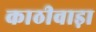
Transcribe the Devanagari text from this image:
काठीवाड़ा